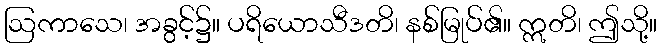
ဩကာသေ၊ အခွင့်၌။ ပရိယောသီဒတိ၊ နစ်မြုပ်၏။ ဣတိ၊ ဤသို့။